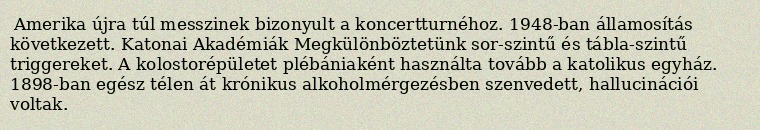
Amerika újra túl messzinek bizonyult a koncertturnéhoz. 1948-ban államosítás következett. Katonai Akadémiák Megkülönböztetünk sor-szintű és tábla-szintű triggereket. A kolostorépületet plébániaként használta tovább a katolikus egyház. 1898-ban egész télen át krónikus alkoholmérgezésben szenvedett, hallucinációi voltak.